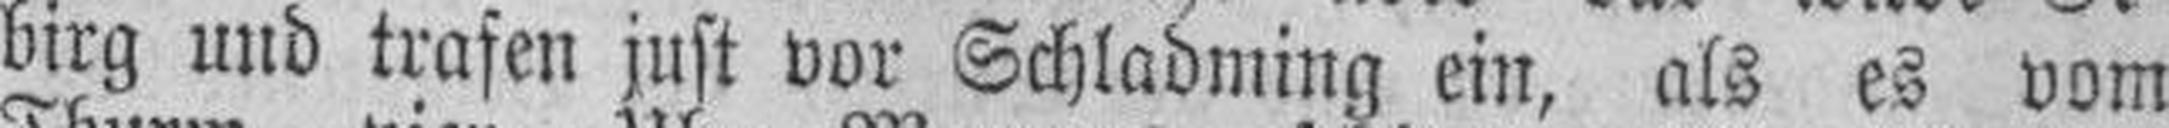
birg und trafen just vor Schladming ein, als es vom